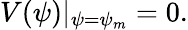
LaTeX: V(\psi)|_{\psi=\psi_{m}}=0.